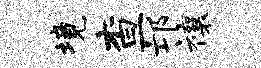
境查邙禳